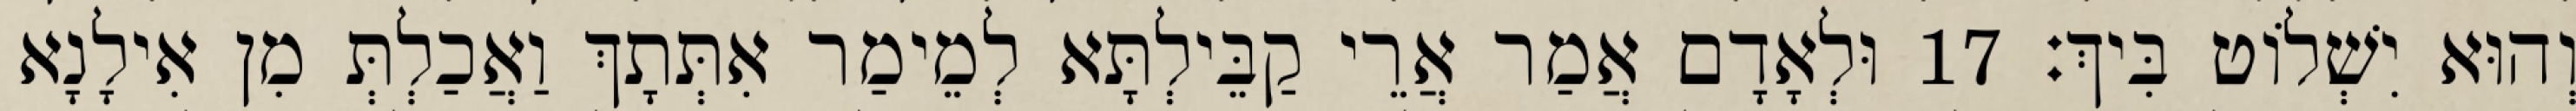
וְהוּא יִשְׁלוֹט בִּיךְ׃ 17 וּלְאָדָם אֲמַר אֲרֵי קַבֵּילְתָּא לְמֵימַר אִתְּתָךְ וַאֲכַלְתְּ מִן אִילָנָא